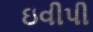
ઇવીપી